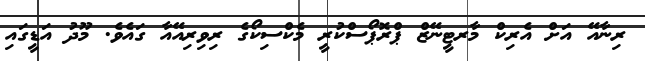
ރިނާއޭ އަށް އެރިކް މާރޓީނޭޒް ޕްރޮޕޯސްކުރީ މެކްސިކޯގެ ރިވިރިއޭއާ ގައެވެ. މޫދު އަޑީގައި